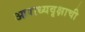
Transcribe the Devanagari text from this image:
आराध्यवृक्षाची